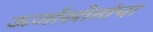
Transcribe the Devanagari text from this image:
ऊर्जास्रोतांचा